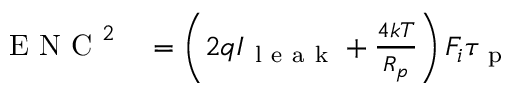
\begin{array} { r l } { { } \mathrm { ~ E ~ N ~ C ~ } ^ { 2 } } & { { } = \left( 2 q I _ { \mathrm { ~ l ~ e ~ a ~ k ~ } } + \frac { 4 k T } { R _ { p } } \right) F _ { i } \tau _ { \mathrm { ~ p ~ } } } \end{array}